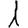
Digit: 1